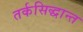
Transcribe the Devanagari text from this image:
तर्कसिद्धान्त